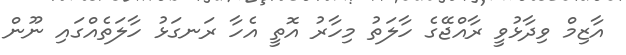
އާޒިމް ވިދާޅުވީ ރާއްޖޭގެ ހާލަތު މިހާރު އޮތީ އެހާ ރަނގަޅު ހާލަތެއްގައި ނޫން